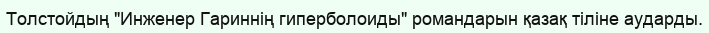
Толстойдың "Инженер Гариннің гиперболоиды" романдарын қазақ тіліне аударды.